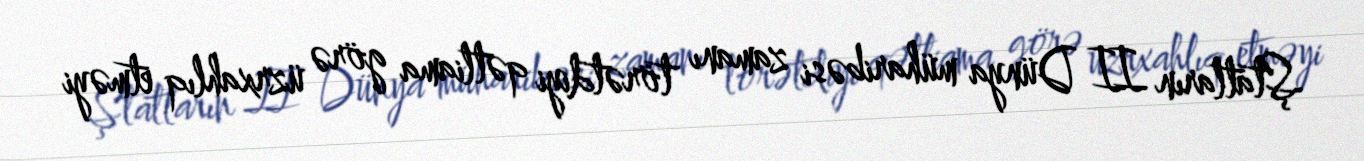
Ştatların II Dünya müharibəsi zamanı törətdiyi qətliama görə üzrxahlıq etməyi